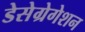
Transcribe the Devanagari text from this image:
डेसेग्रेगेशन